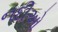
નદીઓ